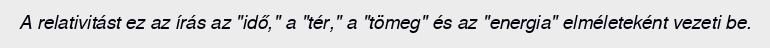
A relativitást ez az írás az "idő," a "tér," a "tömeg" és az "energia" elméleteként vezeti be.